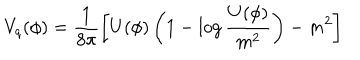
V _ { q } ( \phi ) = \frac { 1 } { 8 \pi } \left[ U ( \phi ) \left( 1 - \log \frac { U ( \phi ) } { m ^ { 2 } } \right) - m ^ { 2 } \right]